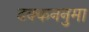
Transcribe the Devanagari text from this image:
ढक्कननुमा